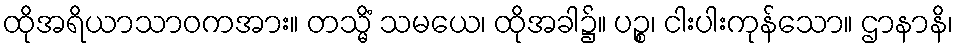
ထိုအရိယာသာဝကအား။ တသ္မိံ သမယေ၊ ထိုအခါ၌။ ပဉ္စ၊ ငါးပါးကုန်သော။ ဌာနာနိ၊